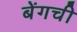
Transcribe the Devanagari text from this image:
बेंगची